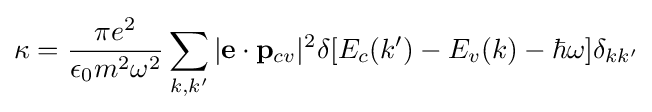
\kappa ={{\pi e^{2}} \over {\epsilon _{0}m^{2}\omega ^{2}}}\sum _{k,k'}|\mathbf {e} \cdot \mathbf {p} _{cv}|^{2}\delta [E_{c}(k')-E_{v}(k)-\hbar \omega ]\delta _{kk'}